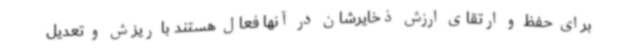
برای حفظ و ارتقای ارزش ذخایرشان در آنها فعال هستند با ریزش و تعدیل